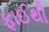
ફાઈથી